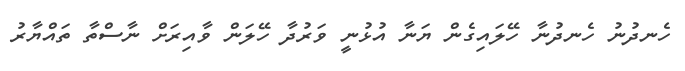
ހެނދުނު ހެނދުނާ ހޭލައިގެން ޔަނާ އުޅުނީ ވަރުދާ ހޭލަން ވާއިރަށް ނާސްތާ ތައްޔާރު